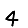
Digit: 4